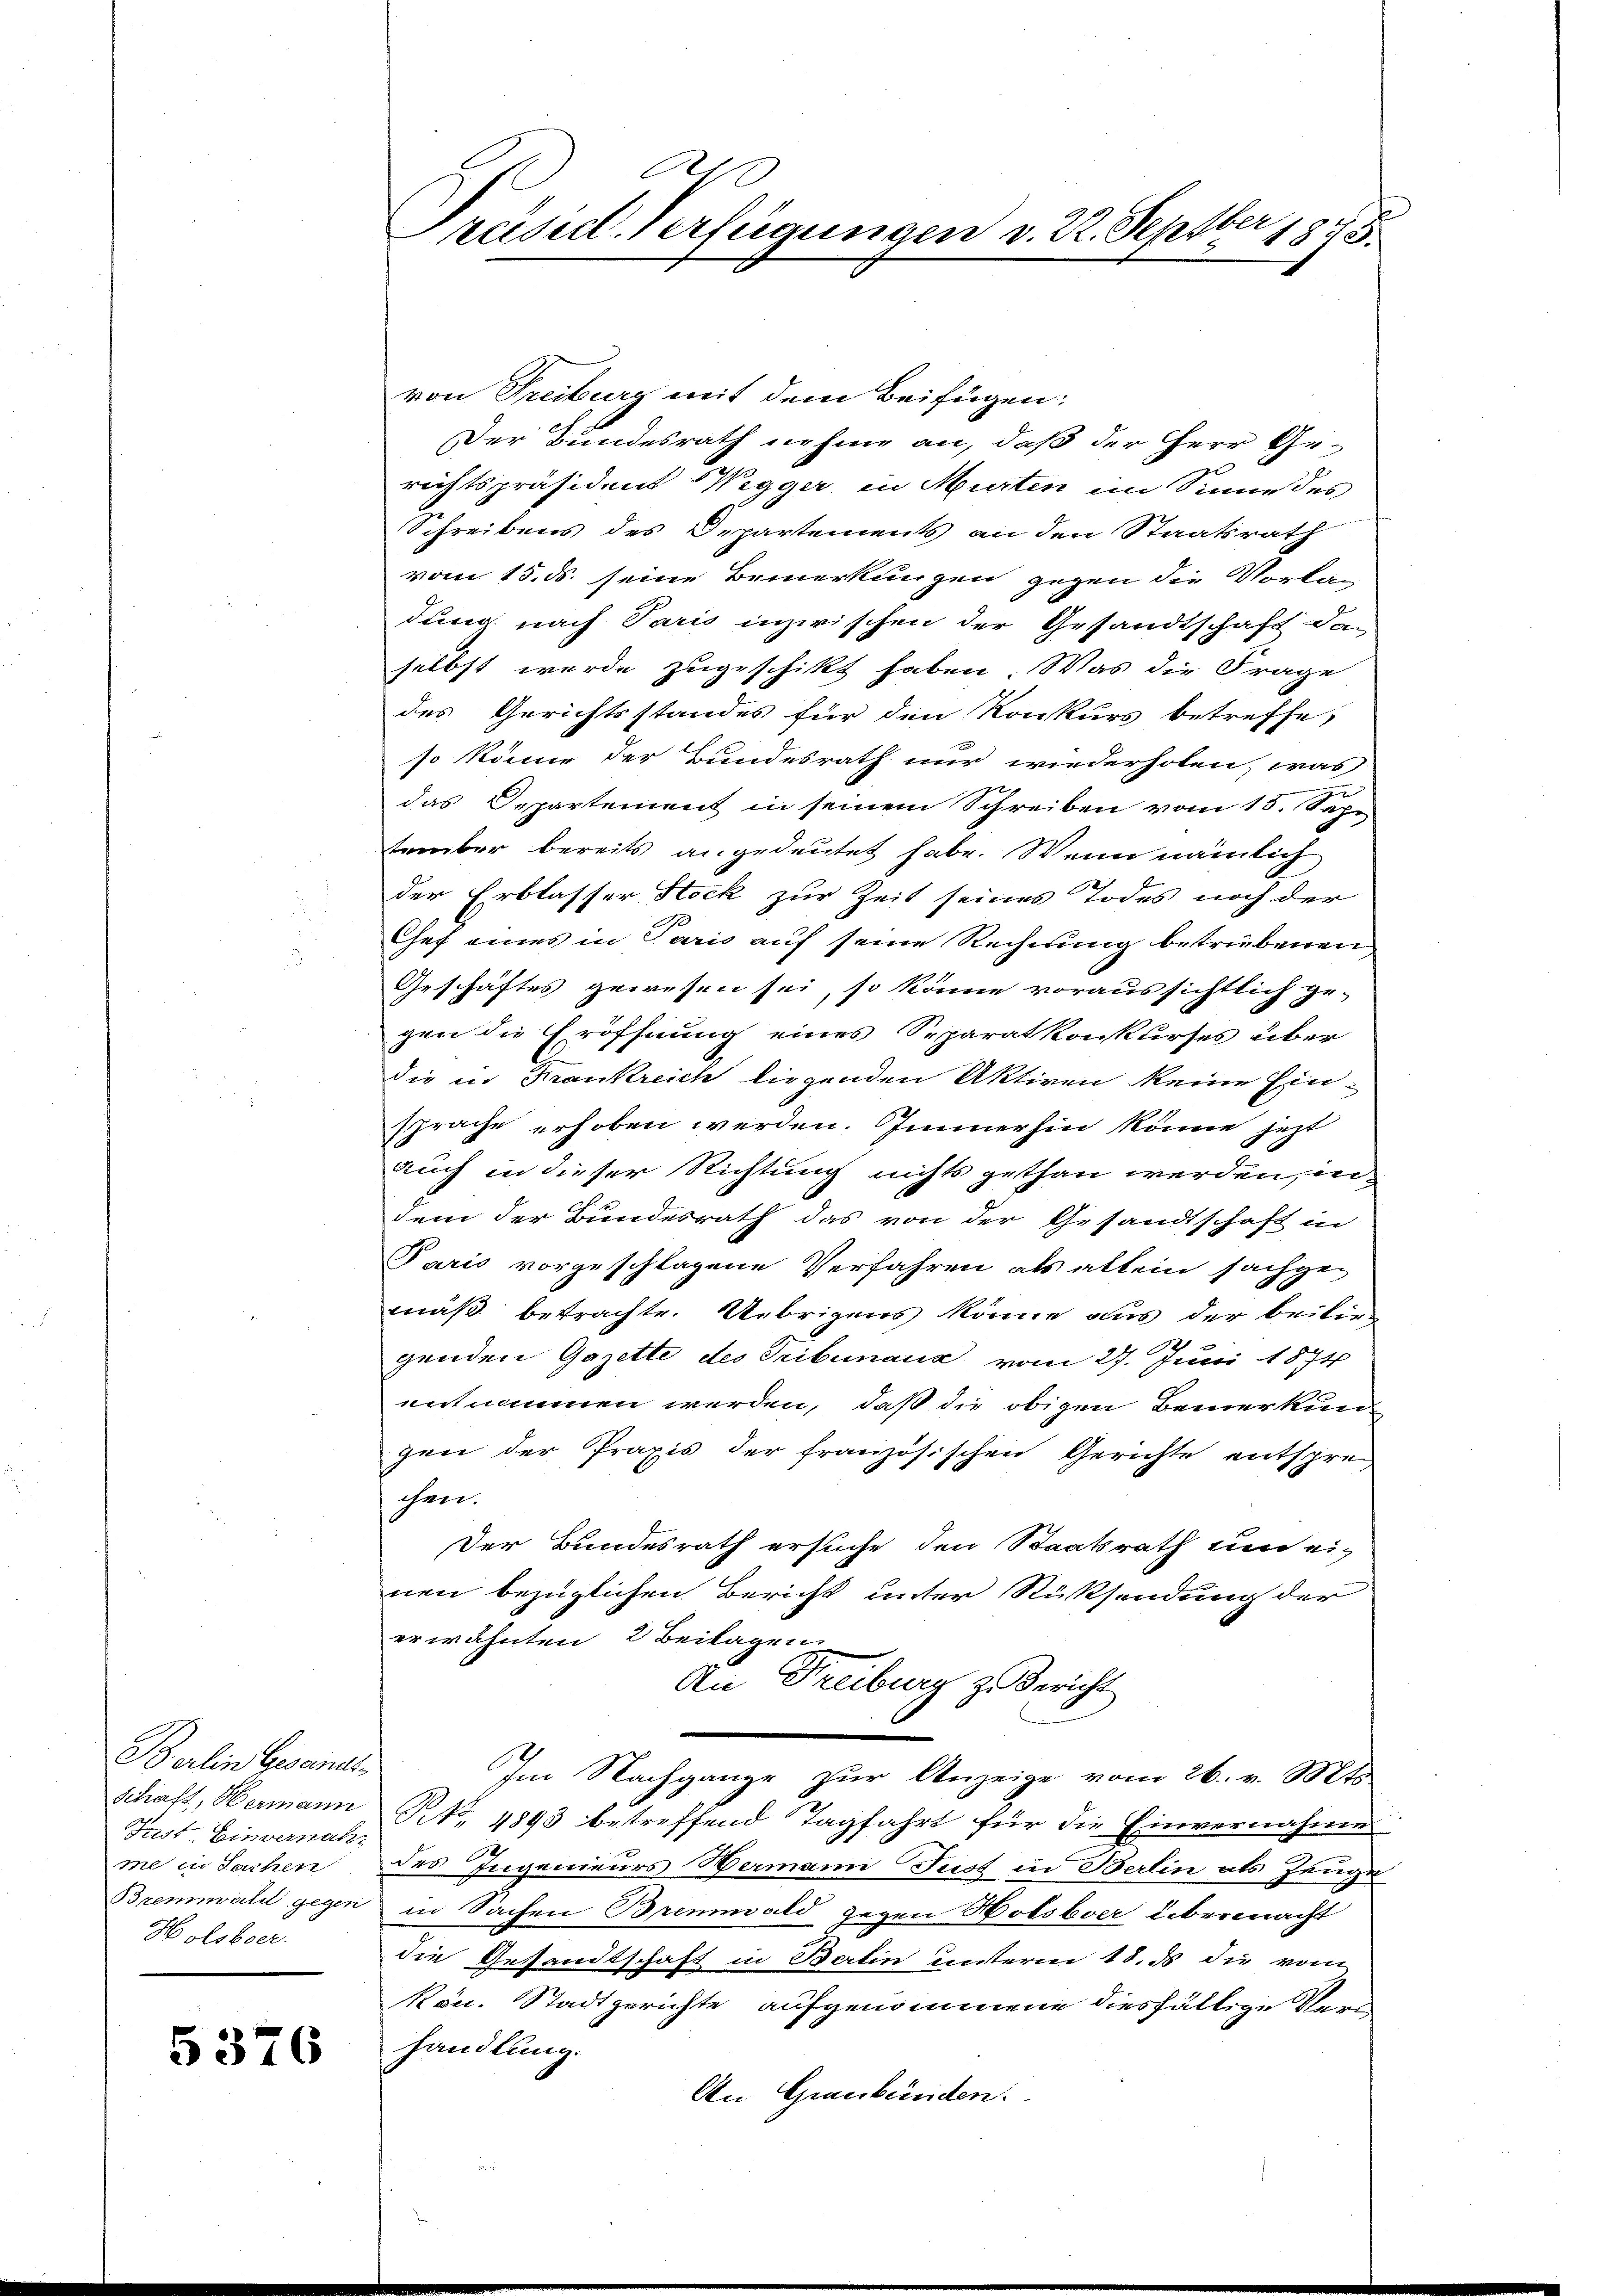
Berlin Gesandt
Fest Einvernah
me in Sachen
Holsboer.

5 376

G
Präsid. Verfügungen v. 22. Septber
1872.

von Freiburg mit dem Beifügen:
Der Bundesrath nehme an, daß der Herr Ge-
richtspräsident Wegger in Murten im Sinne des
Schreibens des Departements an den Staatsrath
vom 15. ds. seine Bemerkungen gegen die Vorlag
dung nach Paris inzwischen der Gesandtschaft dan
selbst werde zugeschickt haben Was die Frage
des Gerichtsstandes für den Konkurs betreffe,
so könne der Bundesrath nur wiederholen, was
das Departement in seinem Schreiben vom 15. Sep
tember bereits angedeutet habe. Wenn nämlich
der Erblasser Stock zur Zeit seines Todes noch der
Chef eines in Paris auf seine Rechnung betriebenen
Geschäftes gewesen sei, so könne voraussichtlich ge-
gen die Eröffnung eines Separatkonkurses über
die in Krankreich liegenden Aktiven keine Einsprache erhoben werden. Immerhin könne jetzt
Auch in dieser Richtung nichts gethan werden, indem der Bundesrath das von der Gesandtschaft in
Paris vorgeschlagene Verfahren als allein sachgen
mäß betrachte. Uebrigens könne aus der beiten
genden Gazette des Tribunaus vom 27. Juni 1874
entnommen werden, daß die obigen Bemerkungen der Praxis der französischen Gerichte entsprechen.
Der Bundesrath ersuche den Staatsrath und einen bezüglichen Bericht unter Rücksendung der
erwähnten 2 Beilagen.
Au Treiburg zu Bericht
Im Nachgange zur Anzeige vom 26. v. Mts
schaft, Hermann St. 1893 betreffend Tagfahrt für die Einvernahme
des Ingenieurs Hermann Just in Berlin als Zeuge
Brennwald gegen in Sachen Bremwald gegen Holsbver übermacht
die Gesandtschaft in Balin unterm 18. ds die vom
kon. Stadtgerichte aufgenommene diesfällige Vers
handlung.
An Graubünden.